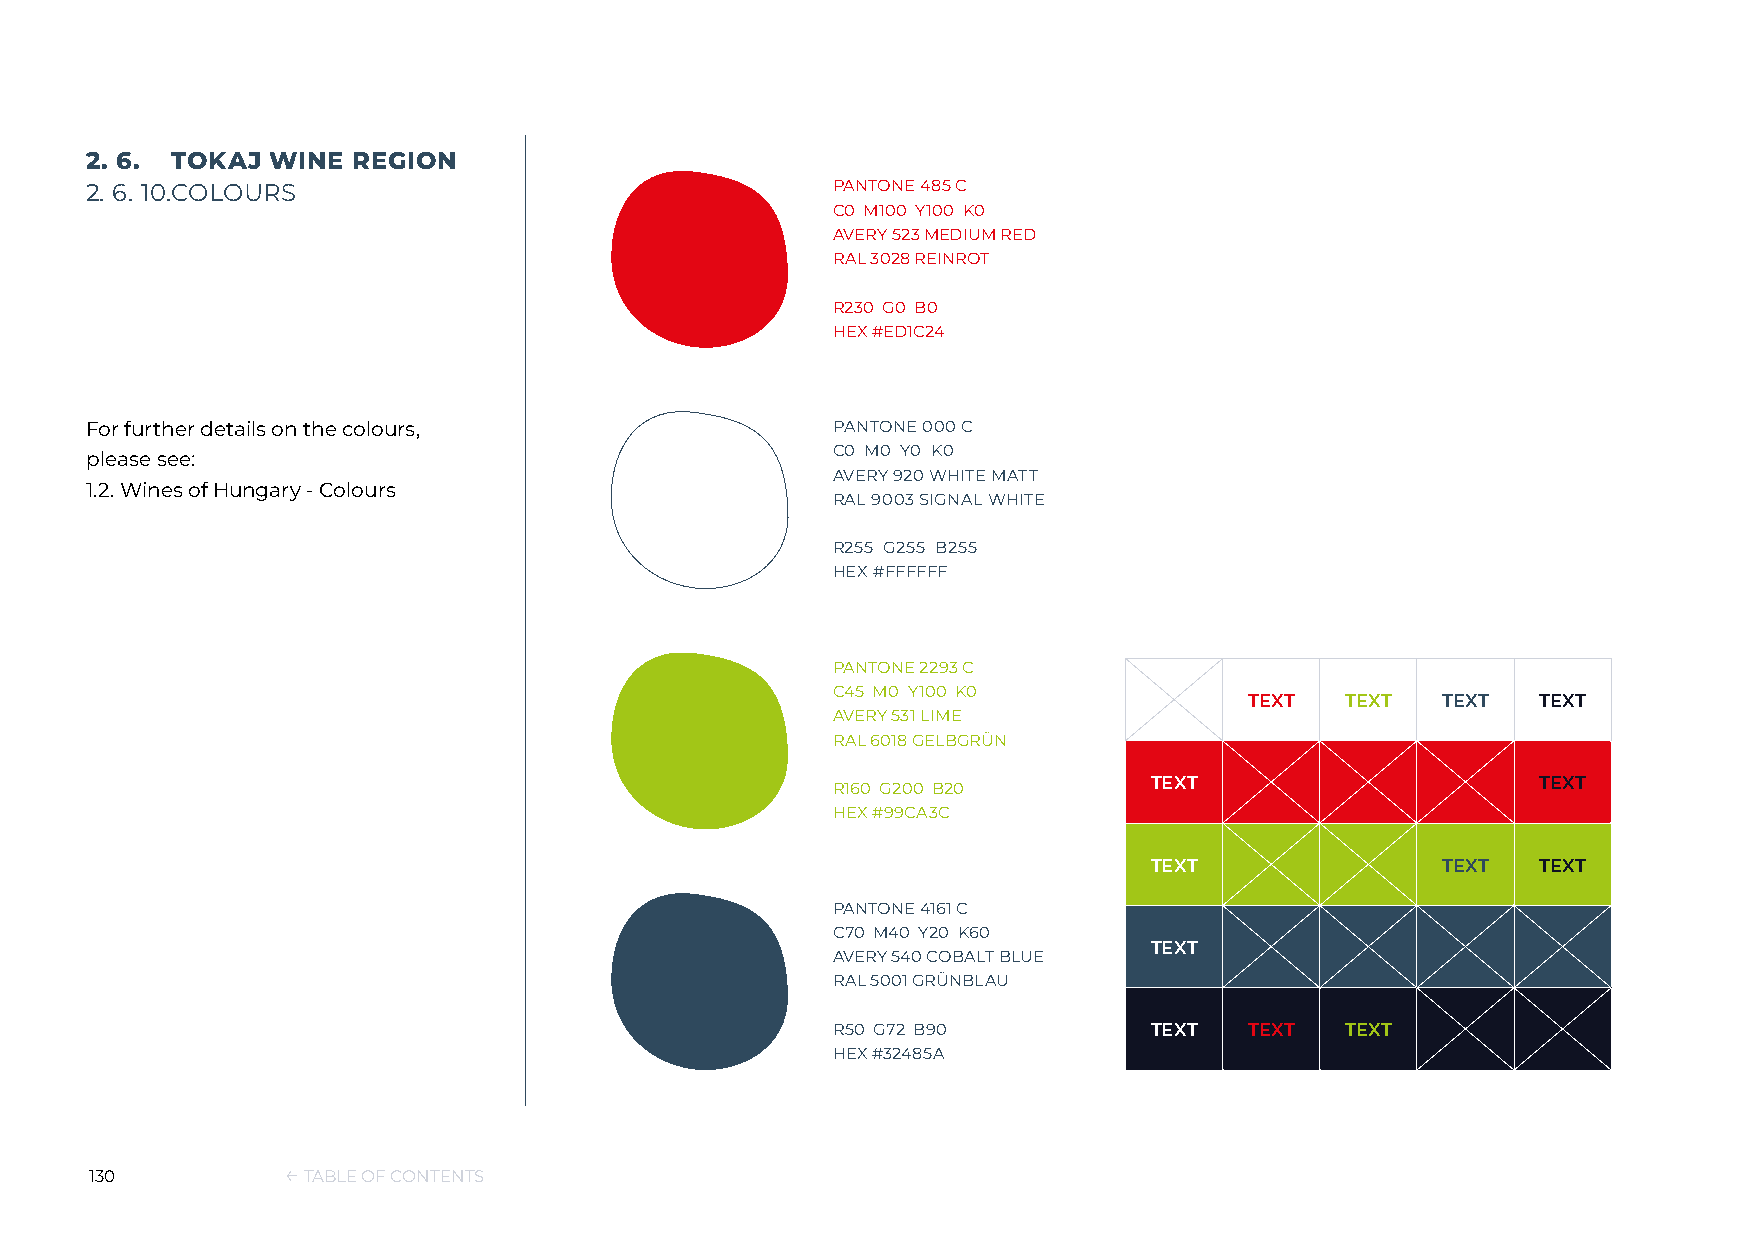
2. 6. TOKAJ WINE REGION
 2. 6. 10. COLOURS                                PANTONE 485 C
 C0 M100 Y100 K0
 AVERY 523 MEDIUM RED
 RAL 3028 REINROT
 R230 G0 B0
 HEX #ED1C24
 For further details on the colours,              PANTONE 000 C
 C0 M0 Y0 K0
 please see:
 AVERY 920 WHITE MATT
 1.2. Wines of Hungary - Colours
 RAL 9003 SIGNAL WHITE
 R255 G255 B255
 HEX #FFFFFF
 PANTONE 2293 C
 C45 M0 Y100 K0
 TEXT  TEXT  TEXT   TEXT
 AVERY 531 LIME
 RAL 6018 GELBGRÜN
 R160 G200 B20        TEXT                      TEXT
 HEX #99CA3C
 TEXT               TEXT   TEXT
 PANTONE 4161 C
 C70 M40 Y20 K60
 TEXT
 AVERY 540 COBALT BLUE
 RAL 5001 GRÜNBLAU
 R50 G72 B90          TEXT   TEXT  TEXT
 HEX #32485A
 130          ← TABLE OF CONTENTS